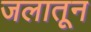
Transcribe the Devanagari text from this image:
जलातून